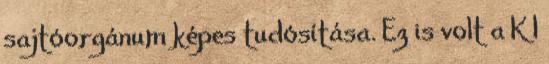
sajtóorgánum képes tudósítása. Ez is volt a K I